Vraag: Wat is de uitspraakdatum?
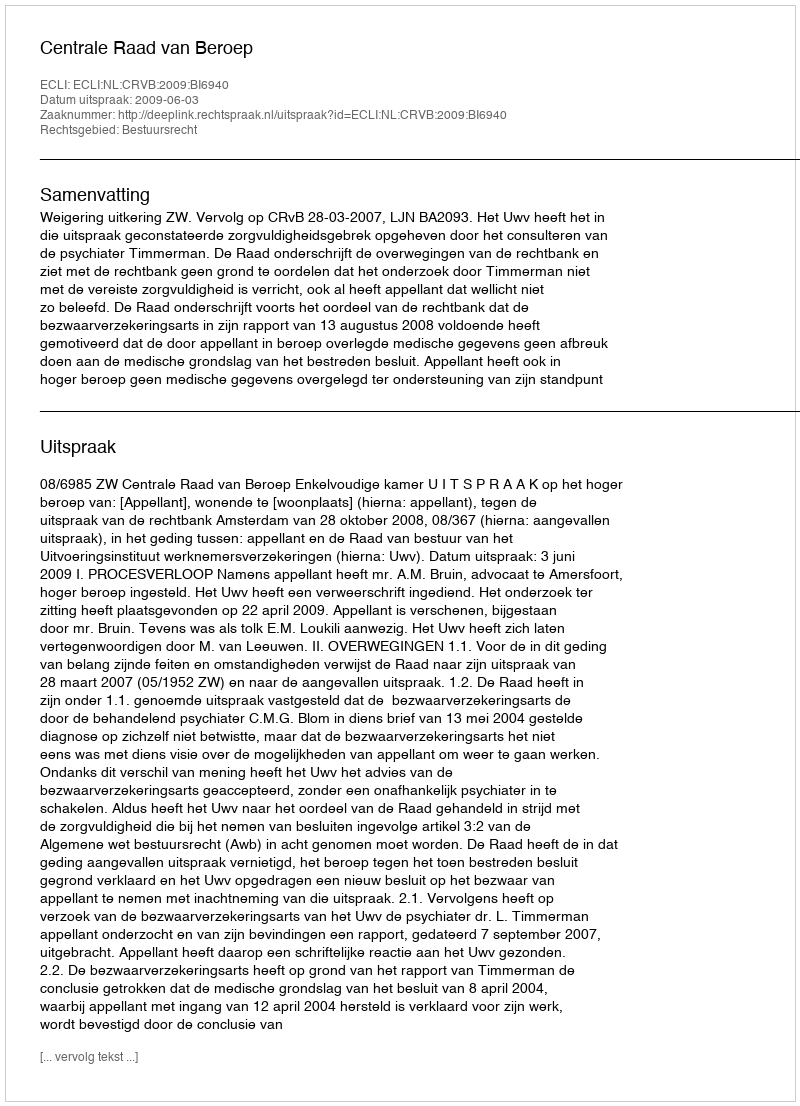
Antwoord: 2009-06-03